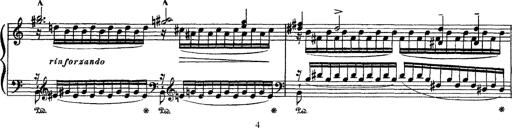
Title: Apparitions
Composer: Franz Liszt